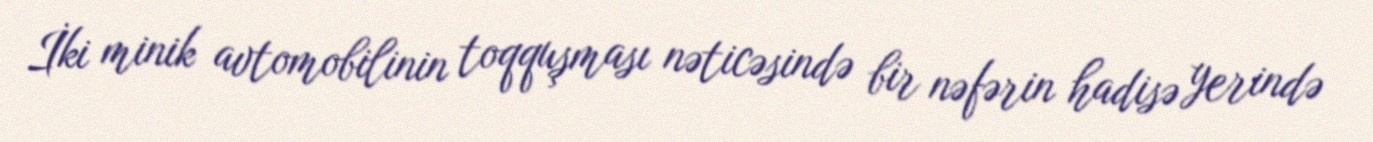
İki minik avtomobilinin toqquşması nəticəsində bir nəfərin hadisə yerində